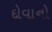
દોવાનો